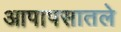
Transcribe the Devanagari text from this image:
आपापसातले